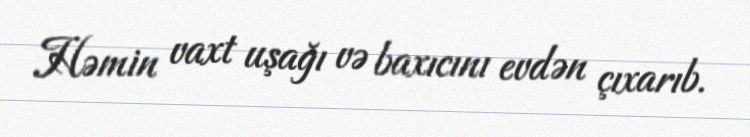
Həmin vaxt uşağı və baxıcını evdən çıxarıb.